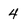
Character: 4